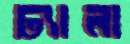
ঢ্যালা